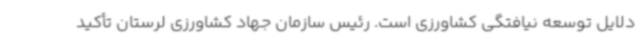
دلایل توسعه نیافتگی کشاورزی است. رئیس سازمان جهاد کشاورزی لرستان تأکید